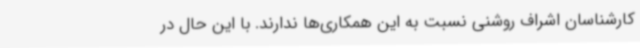
کارشناسان اشراف روشنی نسبت به این همکاری‌ها ندارند. با این حال در